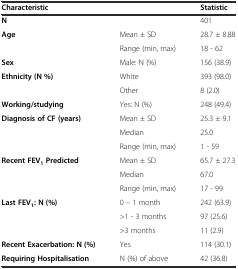
<table><thead><tr><td colspan="2"><b>Characteristic</b></td><td><b>Statistic</b></td></tr></thead><tbody><tr><td><b>N</b></td><td></td><td>401</td></tr><tr><td rowspan="2"><b>Age</b></td><td>Mean ± SD</td><td>28.7 ± 8.88</td></tr><tr><td>Range (min, max)</td><td>18 - 62</td></tr><tr><td><b>Sex</b></td><td>Male: N (%)</td><td>156 (38.9)</td></tr><tr><td rowspan="2"><b>Ethnicity (N %)</b></td><td>White</td><td>393 (98.0)</td></tr><tr><td>Other</td><td>8 (2.0)</td></tr><tr><td><b>Working/studying</b></td><td>Yes: N (%)</td><td>248 (49.4)</td></tr><tr><td rowspan="3"><b>Diagnosis of CF (years)</b></td><td>Mean ± SD</td><td>25.3 ± 9.1</td></tr><tr><td>Median</td><td>25.0</td></tr><tr><td>Range (min, max)</td><td>1 - 59</td></tr><tr><td rowspan="3"><b>Recent FEV</b><sub><b>1</b></sub><b>Predicted</b></td><td>Mean ± SD</td><td>65.7 ± 27.3</td></tr><tr><td>Median</td><td>67.0</td></tr><tr><td>Range (min, max)</td><td>17 - 99</td></tr><tr><td rowspan="3"><b>Last FEV</b><sub><b>1</b></sub><b>: N (%)</b></td><td>0 – 1 month</td><td>242 (63.9)</td></tr><tr><td>&gt;1 - 3 months</td><td>97 (25.6)</td></tr><tr><td>&gt;3 months</td><td>11 (2.9)</td></tr><tr><td><b>Recent Exacerbation: N (%)</b></td><td>Yes</td><td>114 (30.1)</td></tr><tr><td><b>Requiring Hospitalisation</b></td><td>N (%) of above</td><td>42 (36.8)</td></tr></tbody></table>